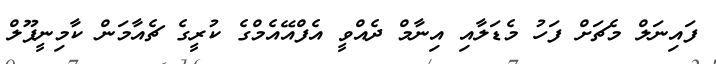
ފައިނަލް މެޗަށް ފަހު މެޑަލާއި އިނާމް ދެއްވީ އެފްއޭއެމްގެ ކުރީގެ ޗެއާމަން ކާމިނީޕޫލް